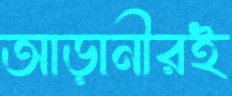
আড়ানীরই